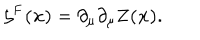
{ \bf \zeta ^ { F } ( { \bf x } ) } = \partial _ { \mu } \partial _ { \mu } { \bf Z ( { \bf x } ) } .